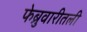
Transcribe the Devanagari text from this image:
फेब्रुवारीतली